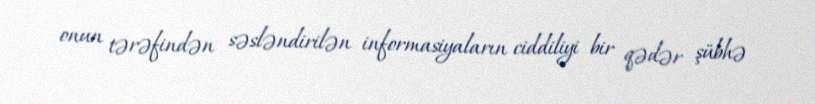
onun tərəfindən səsləndirilən informasiyaların ciddiliyi bir qədər şübhə